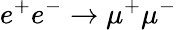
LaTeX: e^{+}e^{-}\to\mu^{+}\mu^{-}